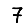
Digit: 7